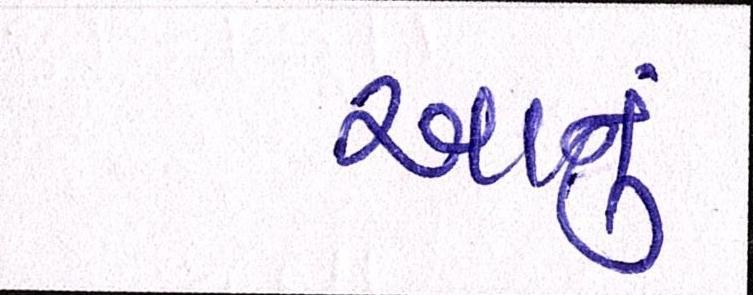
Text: આનું